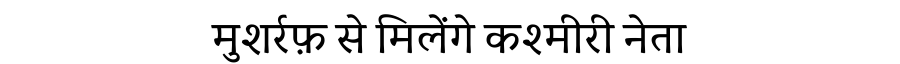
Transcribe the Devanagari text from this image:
मुशर्रफ़ से मिलेंगे कश्मीरी नेता